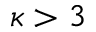
\kappa > 3